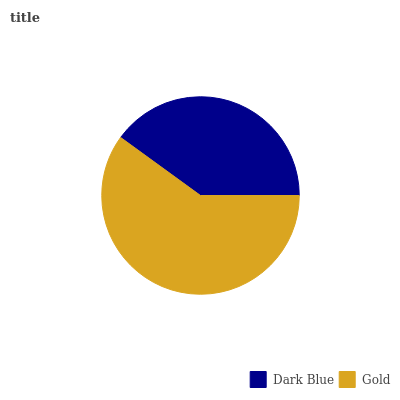
| Dark Blue | Gold |
 | --- | --- |
 | 40% | 60% |